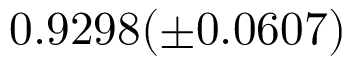
0 . 9 2 9 8 ( \pm 0 . 0 6 0 7 )